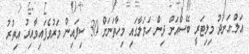
އަލް-އަނަދު މިލިޓަރީ ބޭސްއަށް ދިން ހަމަލާގައި މިހާތަނަށް 30 ސިފައިން މަރުވެފައިވާއިރު އިތުރު